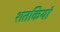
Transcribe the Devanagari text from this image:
शतकियां